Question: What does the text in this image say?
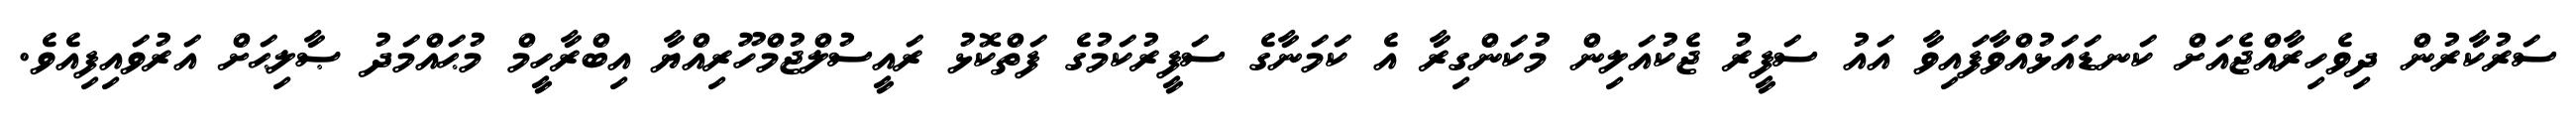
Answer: ސަރުކާރުން ދިވެހިރާއްޖެއަށް ކަނޑައަޅުއްވާފައިވާ އައު ސަފީރު ޖެކުއަލިން މުކަންގިރާ އެ ކަމަނާގެ ސަފީރުކަމުގެ ފަތްކޮޅު ރައީސުލްޖުމްހޫރިއްޔާ އިބްރާހީމް މުޙައްމަދު ޞާލިޙަށް އަރުވައިފިއެވެ.